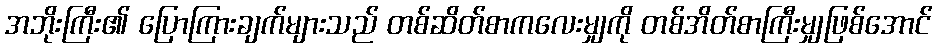
အဘိုးကြီး၏ ပြောကြားချက်များသည် တစ်ဆိတ်စာကလေးမျှကို တစ်အိတ်စာကြီးမျှဖြစ်အောင်